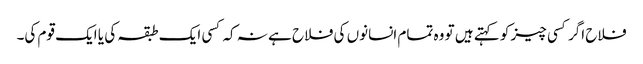
فلاح اگر کسی چیز کو کہتے ہیں تو وہ تمام انسانوں کی فلاح ہے نہ کہ کسی ایک طبقہ کی یا ایک قوم کی۔